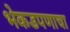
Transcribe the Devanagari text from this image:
भेकडपणाचा